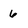
Character: 6